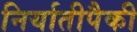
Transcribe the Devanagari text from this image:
निर्यातीपैकी